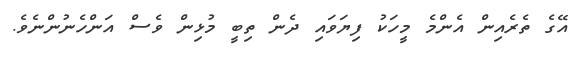
އޭގެ ތެރެއިން އެންމެ މީހަކު ފިޔަވައި ދެން ތިބީ މުޅިން ވެސް އަންހެނުންނެވެ.